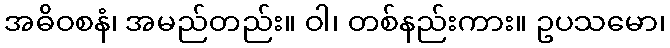
အဓိဝစနံ၊ အမည်တည်း။ ဝါ၊ တစ်နည်းကား။ ဥပသမော၊